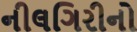
નીલગિરીનો